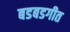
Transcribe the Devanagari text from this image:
बडबडगीत